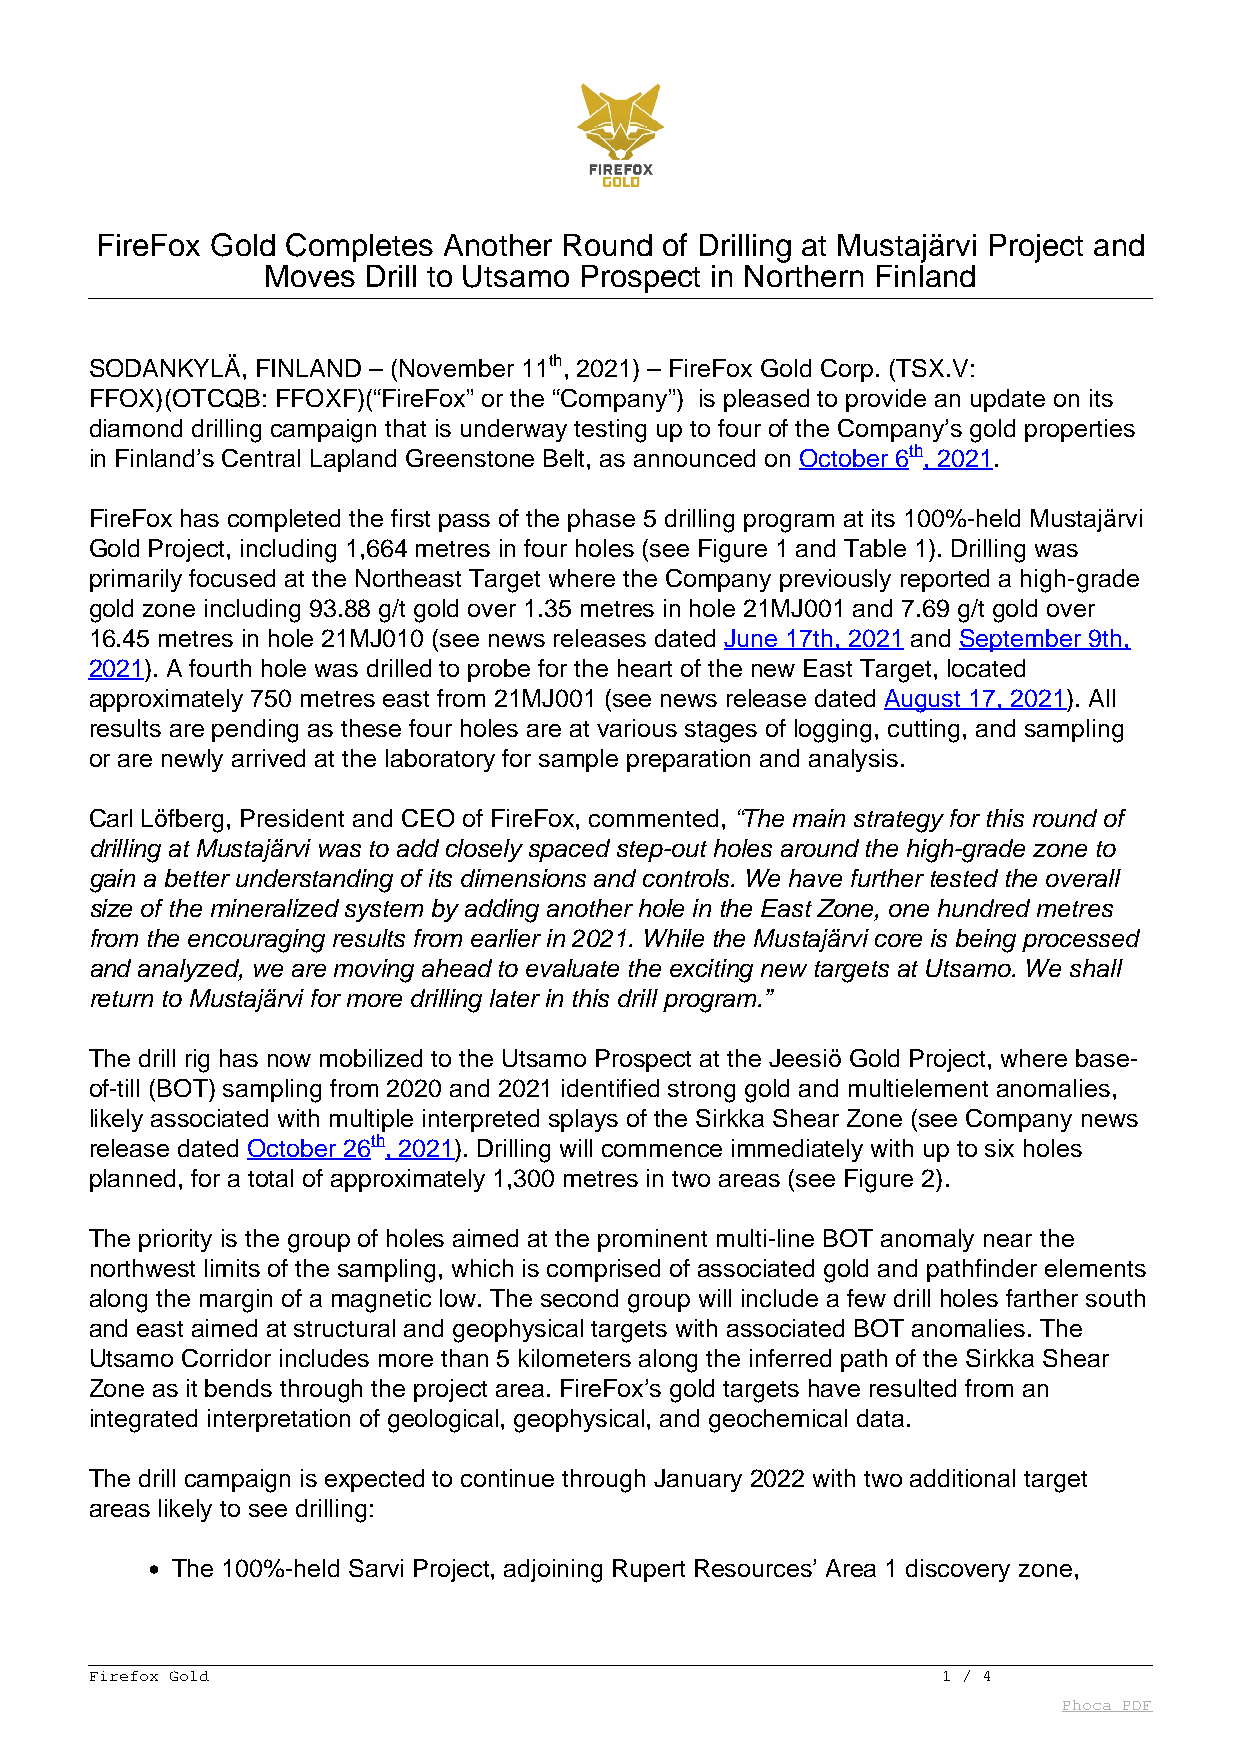
FireFox Gold Completes Another Round  of Drilling at Mustajärvi Project and
 Moves  Drill to Utsamo Prospect in Northern Finland
 SODANKYLÄ, FINLAND – (November 11th, 2021) – FireFox Gold Corp. (TSX.V:
 FFOX)(OTCQB: FFOXF)(“FireFox” or the “Company”) is pleased to provide an update on its
 diamond drilling campaign that is underway testing up to four of the Company’s gold properties
 in Finland’s Central Lapland Greenstone Belt, as announced on October 6th, 2021.
 FireFox has completed the first pass of the phase 5 drilling program at its 100%-held Mustajärvi
 Gold Project, including 1,664 metres in four holes (see Figure 1 and Table 1). Drilling was
 primarily focused at the Northeast Target where the Company previously reported a high-grade
 gold zone including 93.88 g/t gold over 1.35 metres in hole 21MJ001 and 7.69 g/t gold over
 16.45 metres in hole 21MJ010 (see news releases dated June 17th, 2021 and September 9th,
 2021). A fourth hole was drilled to probe for the heart of the new East Target, located
 approximately 750 metres east from 21MJ001 (see news release dated August 17, 2021). All
 results are pending as these four holes are at various stages of logging, cutting, and sampling
 or are newly arrived at the laboratory for sample preparation and analysis.
 Carl Löfberg, President and CEO of FireFox, commented, “The main strategy for this round of
 drilling at Mustajärvi was to add closely spaced step-out holes around the high-grade zone to
 gain a better understanding of its dimensions and controls. We have further tested the overall
 size of the mineralized system by adding another hole in the East Zone, one hundred metres
 from the encouraging results from earlier in 2021. While the Mustajärvi core is being processed
 and analyzed, we are moving ahead to evaluate the exciting new targets at Utsamo. We shall
 return to Mustajärvi for more drilling later in this drill program.”
 The drill rig has now mobilized to the Utsamo Prospect at the Jeesiö Gold Project, where base-
 of-till (BOT) sampling from 2020 and 2021 identified strong gold and multielement anomalies,
 likely associated with multiple interpreted splays of the Sirkka Shear Zone (see Company news
 release dated October 26th, 2021). Drilling will commence immediately with up to six holes
 planned, for a total of approximately 1,300 metres in two areas (see Figure 2).
 The priority is the group of holes aimed at the prominent multi-line BOT anomaly near the
 northwest limits of the sampling, which is comprised of associated gold and pathfinder elements
 along the margin of a magnetic low. The second group will include a few drill holes farther south
 and east aimed at structural and geophysical targets with associated BOT anomalies. The
 Utsamo Corridor includes more than 5 kilometers along the inferred path of the Sirkka Shear
 Zone as it bends through the project area. FireFox’s gold targets have resulted from an
 integrated interpretation of geological, geophysical, and geochemical data.
 The drill campaign is expected to continue through January 2022 with two additional target
 areas likely to see drilling:
 The 100%-held Sarvi Project, adjoining Rupert Resources’ Area 1 discovery zone,
 Firefox Gold                                            1 / 4
 Phoca PDF